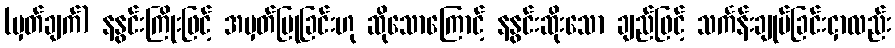
(မှတ်ချက်) နနွင်းကြိုးဖြင့် အမှတ်ပြုခြင်းဟု ဆိုသောကြောင့် နနွင်းဆိုးသော ချည်ဖြင့် သင်္ကန်းချုပ်ခြင်းငှာလည်း